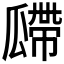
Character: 𤬎